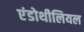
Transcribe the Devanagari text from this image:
एंडोथीलियल